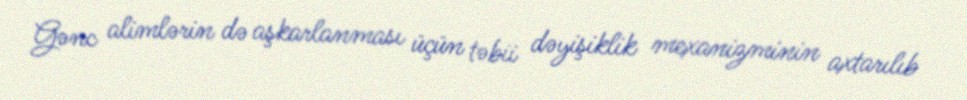
Gənc alimlərin də aşkarlanması üçün təbii dəyişiklik mexanizminin axtarılıb